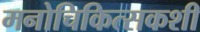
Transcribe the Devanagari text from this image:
मनोचिकित्सकशी